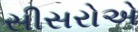
સીસરોએ